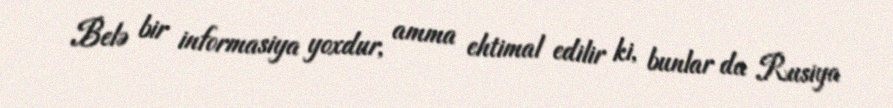
Belə bir informasiya yoxdur, amma ehtimal edilir ki, bunlar da Rusiya